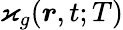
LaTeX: \varkappa_{g}(\boldsymbol{r},t;T)